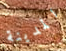
المدينة